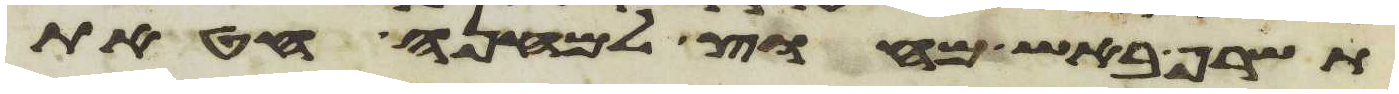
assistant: תשרף באש מחוץ למחנה חטאת